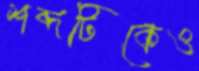
শব্দটিকেও